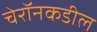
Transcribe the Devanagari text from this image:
चेरॉनकडील